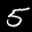
Label: 5